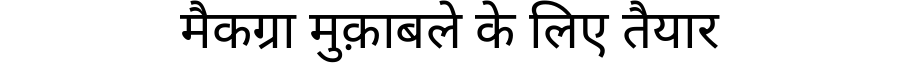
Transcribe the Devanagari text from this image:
मैकग्रा मुक़ाबले के लिए तैयार